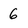
Character: 6